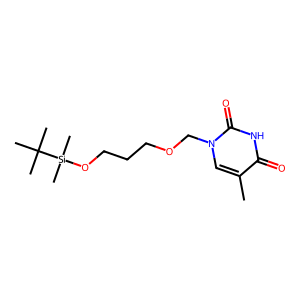
SMILES: Cc1cn(COCCCO[Si](C)(C)C(C)(C)C)c(=O)[nH]c1=O
Inhibits HIV replication: Yes